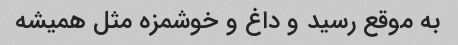
به موقع رسید و داغ و خوشمزه مثل همیشه